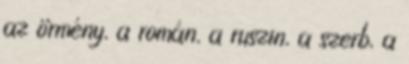
az örmény, a román, a ruszin, a szerb, a